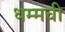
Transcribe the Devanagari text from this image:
धम्मची